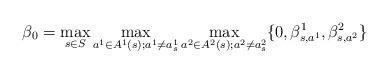
LaTeX: \begin{align*} \beta_0=\max_{s\in S}\max_{a^1\in A^1(s);a^1\neq a^1_s}\max_{a^2\in A^2(s);a^2\neq a^2_s}\{0,\beta_{s,a^1}^1,\beta_{s,a^2}^2\}\end{align*}